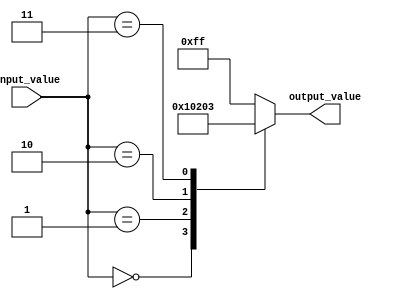
module generate_case (
    input [3:0] input_value,
    output reg [7:0] output_value
);

always @* begin
    case (input_value)
        4'b0000: output_value = 8'b00000000;
        4'b0001: output_value = 8'b00000001;
        4'b0010: output_value = 8'b00000010;
        4'b0011: output_value = 8'b00000011;
        // Add more cases as needed
        default: output_value = 8'b11111111;
    endcase
end

endmodule